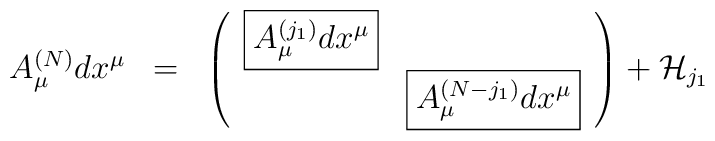
\begin{array}{ccc}A_\mu^{(N)} dx^\mu & = & \left( \begin{array}{cc}{\rm \fbox{$ A_\mu^{(j_1)} dx^\mu  $}} &                      \\                     &  {\rm \fbox{$A_\mu^{(N-j_1)} dx^\mu $}}\\\end{array}\right) + {\cal H}_{j_1}\end{array} \vspace{1.cm} \